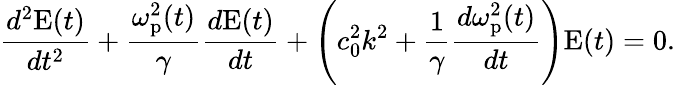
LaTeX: \frac{d^{2}\mathrm{E}(t)}{dt^{2}}+\frac{\omega_{\mathrm{p}}^{2}(t)}{\gamma}\frac{d\mathrm{E}(t)}{dt}+\left(c_{0}^{2}k^{2}+\frac{1}{\gamma}\frac{d\omega_{\mathrm{p}}^{2}(t)}{dt}\right)\mathrm{E}(t)=0.